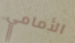
الأمامي